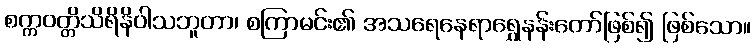
စက္ကဝတ္တိသိရိနိဝါသဘူတာ၊ စကြာမင်း၏ အသရေနေရာရွှေနန်းတော်ဖြစ်၍ ဖြစ်သော။